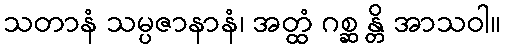
သတာနံ သမ္ပဇာနာနံ၊ အတ္ထံ ဂစ္ဆ န္တိ အာသဝါ။